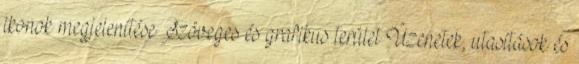
ikonok megjelenítése Szöveges és grafikus terület Üzenetek, utasítások és